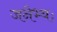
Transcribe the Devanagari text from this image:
जनेभ्यः